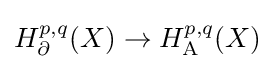
H_{\partial }^{p,q}(X)\rightarrow H_{\mathrm {A} }^{p,q}(X)